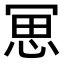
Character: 𠖓